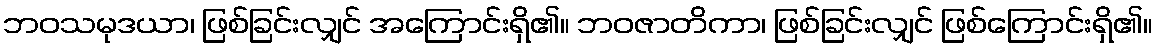
ဘဝသမုဒယာ၊ ဖြစ်ခြင်းလျှင် အကြောင်းရှိ၏။ ဘဝဇာတိကာ၊ ဖြစ်ခြင်းလျှင် ဖြစ်ကြောင်းရှိ၏။